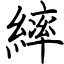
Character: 繂